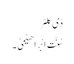
ڈی کلٹر
سُنَّتِ اِبْرَ اھِیْمِیْ۔